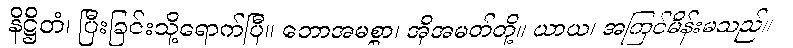
နိဋ္ဌိတံ၊ ပြီးခြင်းသို့ရောက်ပြီ။ ဘောအမစ္စာ၊ အိုအမတ်တို့။ ယာယ၊ အကြင်မိန်းမသည်။